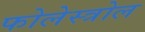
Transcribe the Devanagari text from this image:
फोलेस्त्रोल